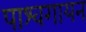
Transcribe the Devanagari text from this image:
पाश्वगायन